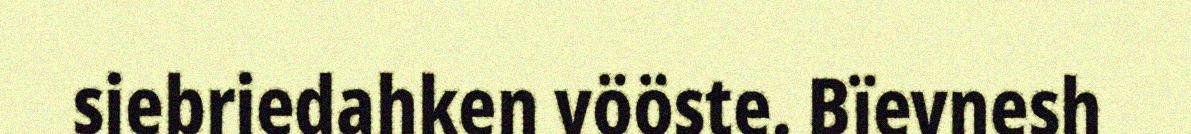
siebriedahken vööste. Bïevnesh